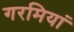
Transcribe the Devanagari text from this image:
गरमियां